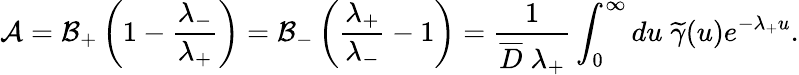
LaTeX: {\cal A}={\cal B}_{+}\left(1-\frac{\lambda_{-}}{\lambda_{+}}\right)={\cal B}_{-}\left(\frac{\lambda_{+}}{\lambda_{-}}-1\right)=\frac{1}{\overline{{{D}}}\; \lambda_{+}}\int_{0}^{\infty}du\; \widetilde\gamma(u)e^{-\lambda_{+}u}.